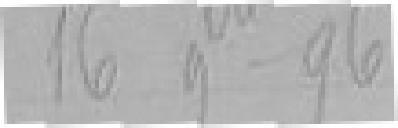
16 novembre 96